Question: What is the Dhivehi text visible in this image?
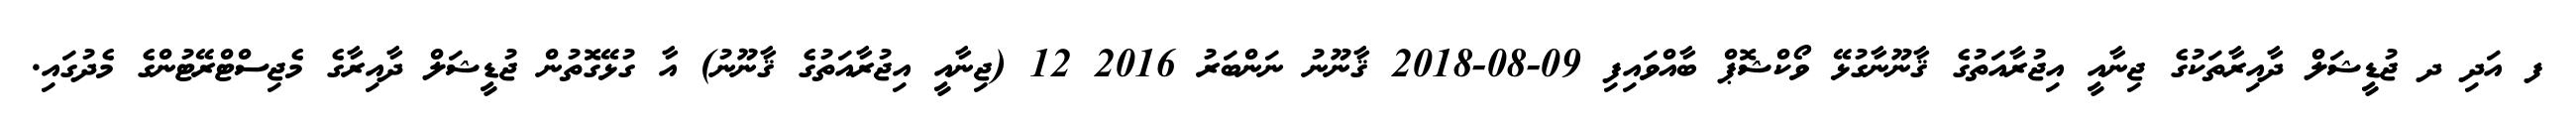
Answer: ފ އަދި ދ ޖުޑީޝަލް ދާއިރާތަކުގެ ޖިނާއީ އިޖުރާއަތުގެ ޤާނޫނާގުޅޭ ވޯކްޝޮޕް ބާއްވައިފި 09-08-2018 ޤާނޫނު ނަންބަރު 2016 12 (ޖިނާއީ އިޖުރާއަތުގެ ޤާނޫނު) އާ ގުޅޭގޮތުން ޖުޑީޝަލް ދާއިރާގެ މެޖިސްޓްރޭޓުންގެ މެދުގައި.